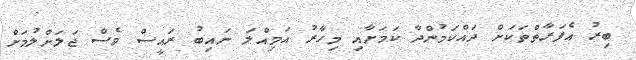
ބިރު އެފަރާތްތަކަށް ދައްކަމުންދާ ކަމަށާއި މިހާރު އަމިއްލަ ނައިބު ރައީސް ވެސް ޖަލަށްލުމަށް